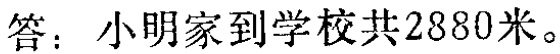
答：小明家到学校共2880米。